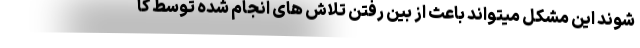
شوند این مشکل میتواند باعث از بین رفتن تلاش های انجام شده توسط کا